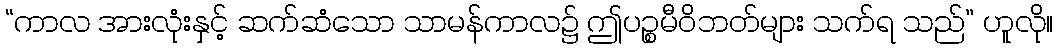
“ကာလ အားလုံးနှင့် ဆက်ဆံသော သာမန်ကာလ၌ ဤပဉ္စမီဝိဘတ်များ သက်ရ သည်” ဟူလို။